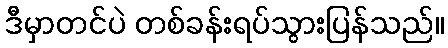
ဒီမှာတင်ပဲ တစ်ခန်းရပ်သွားပြန်သည်။